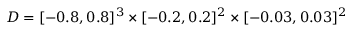
D = [ - 0 . 8 , 0 . 8 ] ^ { 3 } \times [ - 0 . 2 , 0 . 2 ] ^ { 2 } \times [ - 0 . 0 3 , 0 . 0 3 ] ^ { 2 }